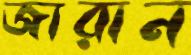
জারান